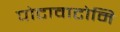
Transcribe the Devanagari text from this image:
पोटावाटोमि